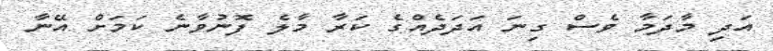
އަދި މާދަމާ ވެސް ގިނަ އަދަދެއްގެ ކަރާ މާލެ ފޮނުވާނެ ކަމަށް އޭނާ